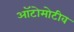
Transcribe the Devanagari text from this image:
ऑटोमोटीव